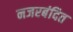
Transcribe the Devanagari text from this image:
नजरबंदित